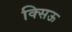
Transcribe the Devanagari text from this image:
क्सिऊ